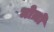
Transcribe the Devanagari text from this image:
मोज़ो